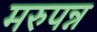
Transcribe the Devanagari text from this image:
मरुपन्न